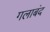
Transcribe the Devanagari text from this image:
गलाबंद